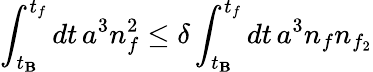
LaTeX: \int_{t_{\mathbf{B}}}^{t_{f}}dt\, a^{3}n_{f}^{2}\leq\delta\int_{t_{\mathbf{B}}}^{t_{f}}dt\, a^{3}n_{f}n_{f_{2}}